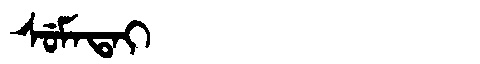
Manchu: ᠰᡠᠮᠠᡨᠠᡳ
Romanization: SUMATAI